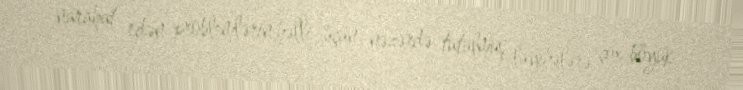
narahat edən problemlərin həlli üçün nəzərdə tutulmuş layihələrə çox böyük